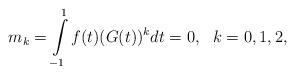
LaTeX: \begin{align*}m_k=\int\limits_{-1}^1f(t)(G(t))^kdt=0,~~k=0,1,2,\end{align*}